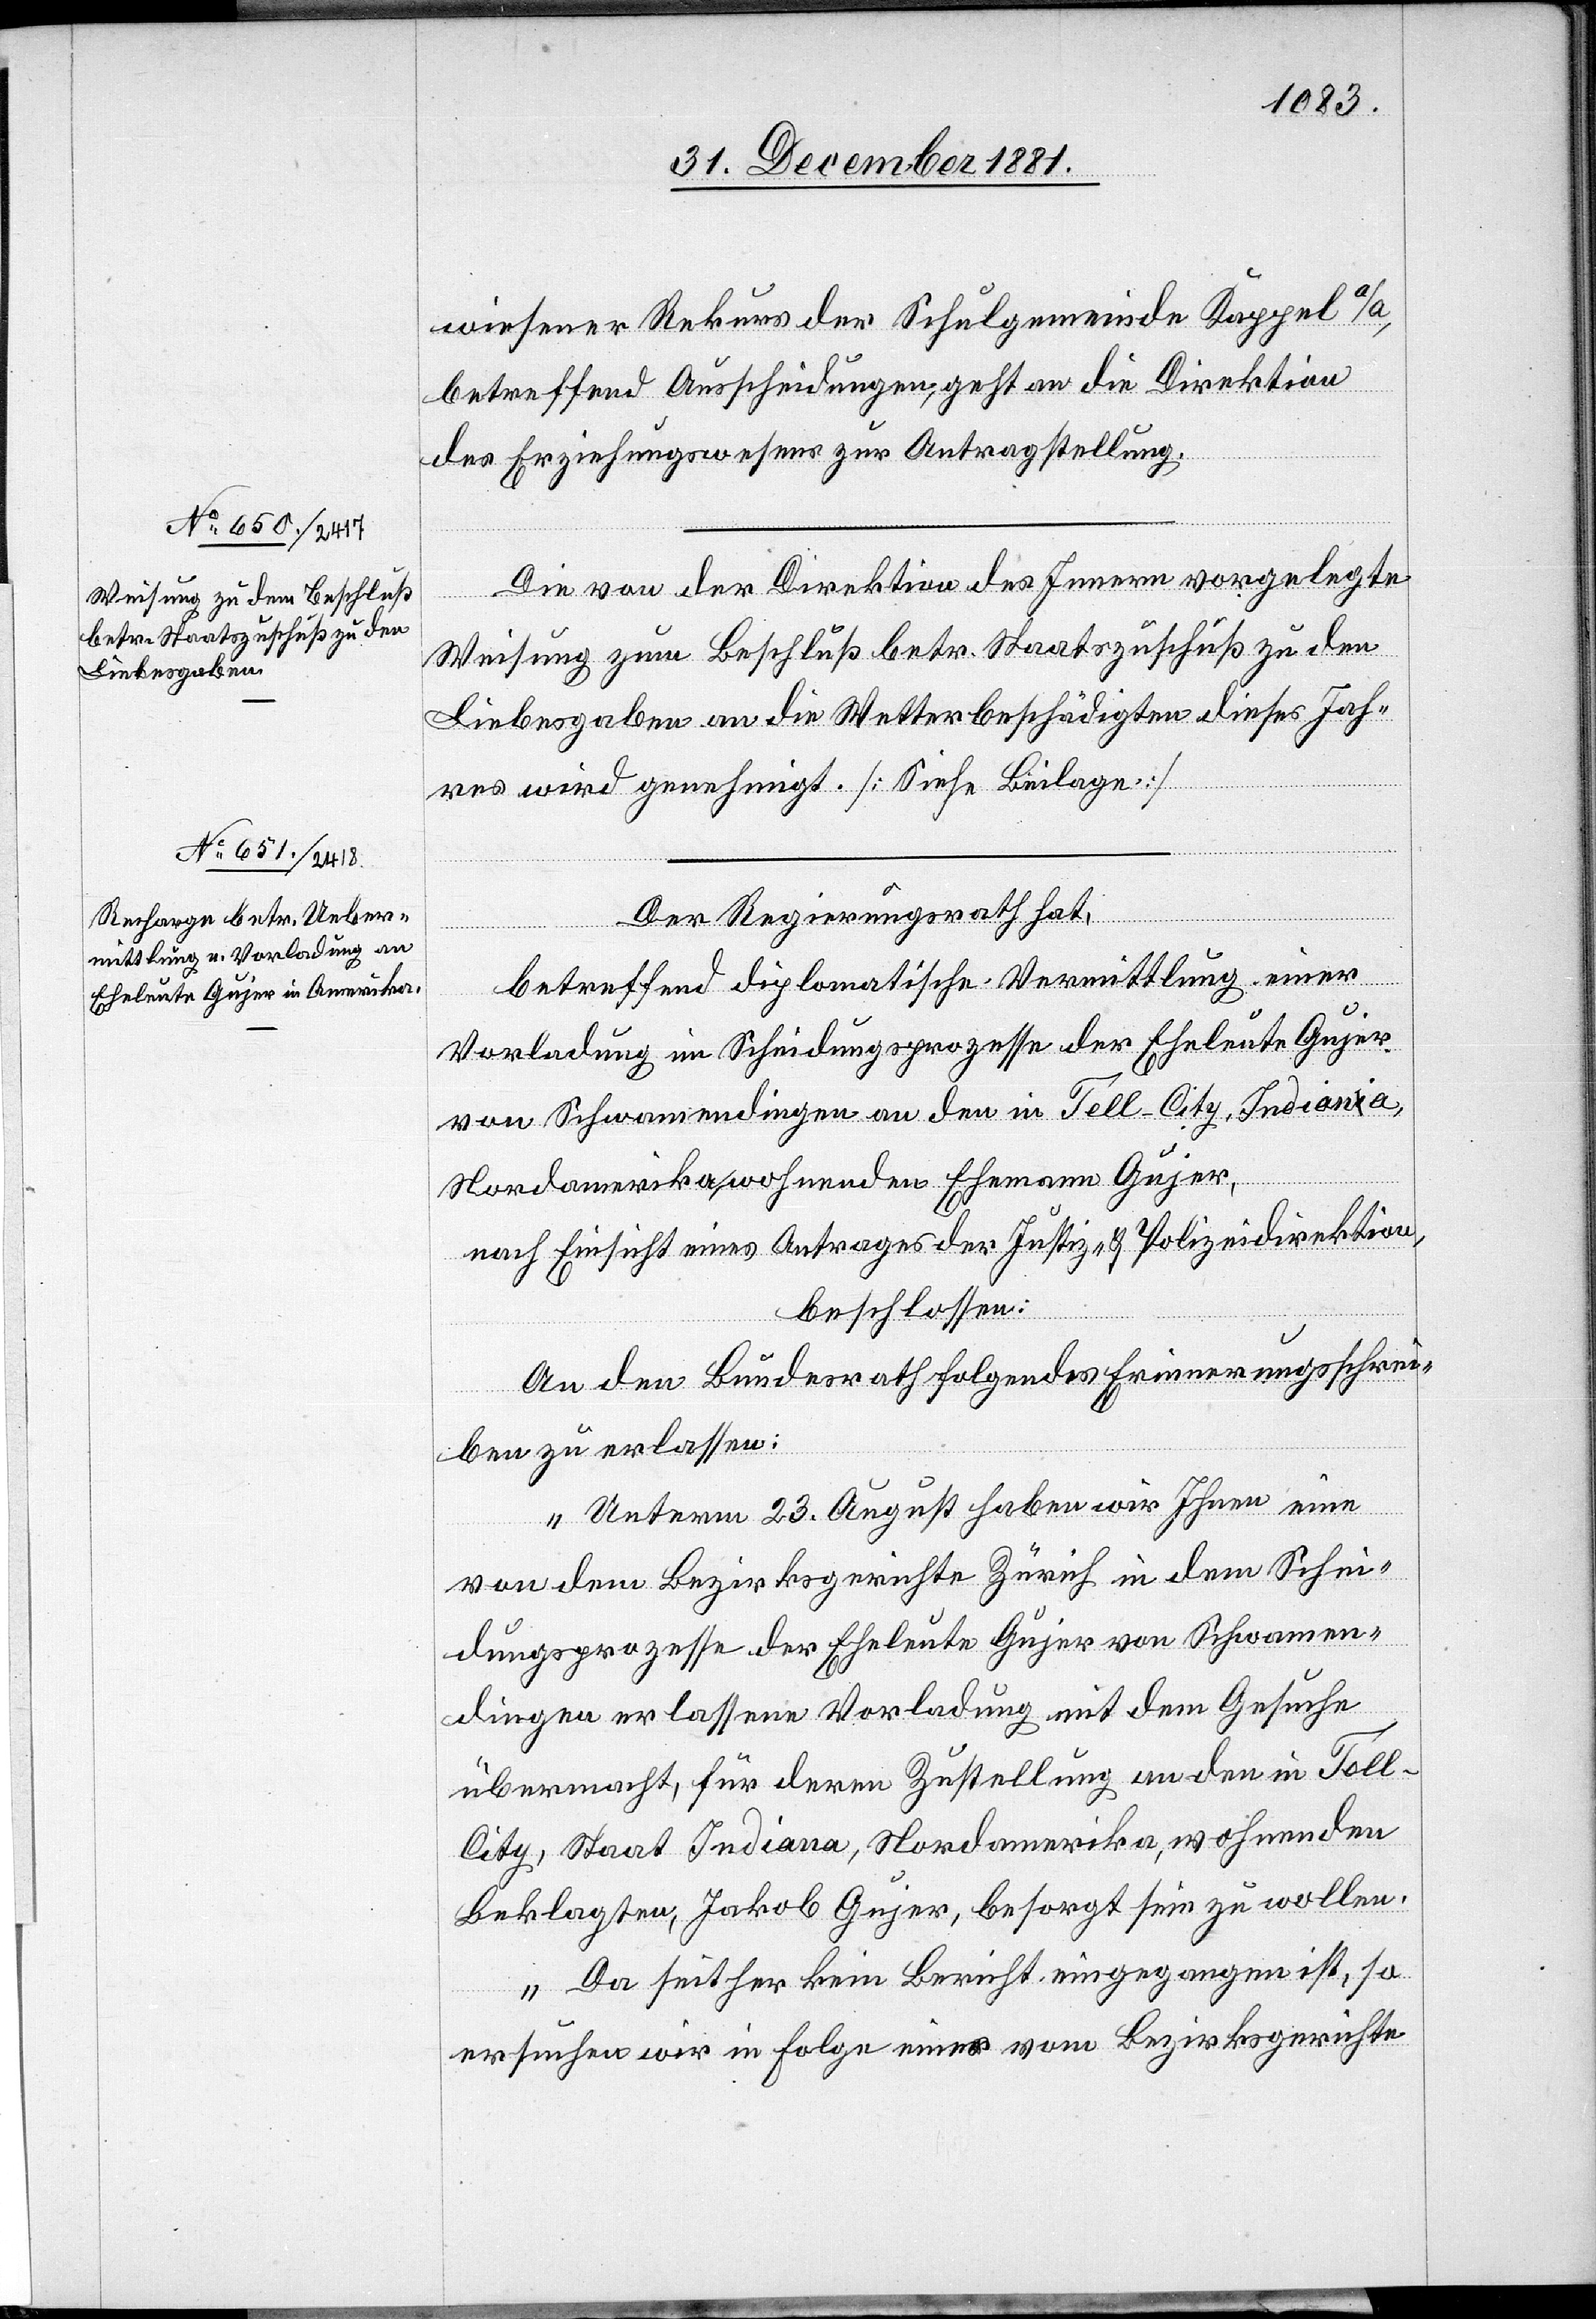
wiesener Rekurs der Schulgemeinde Kappel a/A.,
betreffend Ausscheidungen, geht an die Direktion
des Erziehungswesens zur Antragstellung.
Die von der Direktion des Innern vorgelegte
Weisung zum Beschluß betr. Staatszuschuß zu den
Liebesgaben an die Wetterbeschädigten dieses Jah¬
res wird genehmigt. [Siehe Beilage.]
Der Regierungsrath hat,
betreffend diplomatische Vermittlung einer
Vorladung im Scheidungsprozesse der Eheleute Gujer
von Schwamendingen an den in Tell-City, Indiana,
Nordamerika, wohnenden Ehemann Gujer,
nach Einsicht eines Antrages der Justiz- & Polizeidirektion,
beschlossen:
An den Bundesrath folgendes Erinnerungsschrei¬
ben zu erlassen:
„Unterm 23. August haben wir Ihnen eine
von dem Bezirksgerichte Zürich in dem Schei¬
dungsprozesse der Eheleute Gujer von Schwamen¬
dingen erlassene Vorladung mit dem Gesuche
übermacht, für deren Zustellung an in Tell-C¬
ity, Staat Indiana, Nordamerika, wohnenden
Beklagten, Jakob Gujer, besorgt sein zu wollen.
Da seither kein Bericht eingegangen ist, so
ersuchen wir in Folge eines vom Bezirksgerichte